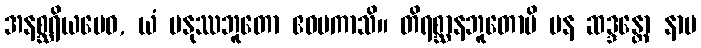
အနစ္ဆရိယမေဝ, ယံ မနုဿဘူတော ဧဝမကာသိ။ တိရစ္ဆာနဘူတောပိ ပန ဆဒ္ဒန္တော နာမ